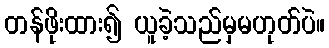
တန်ဖိုးထား၍ ယူခဲ့သည်မှမဟုတ်ပဲ။